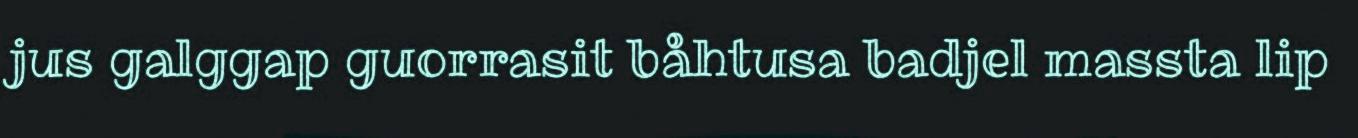
jus galggap guorrasit båhtusa badjel massta lip